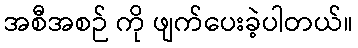
အစီအစဉ် ကို ဖျက်ပေးခဲ့ပါတယ်။